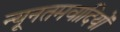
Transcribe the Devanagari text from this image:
न्यूनतमवादियों